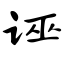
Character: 诬